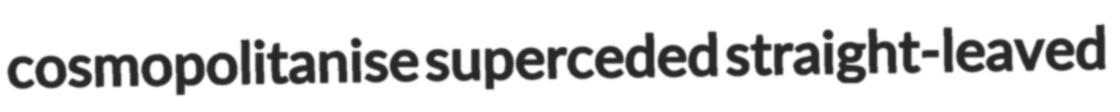
cosmopolitanise superceded straight-leaved